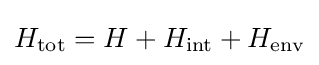
H_{\text{tot}}=H+H_{\text{int}}+H_{\text{env}}